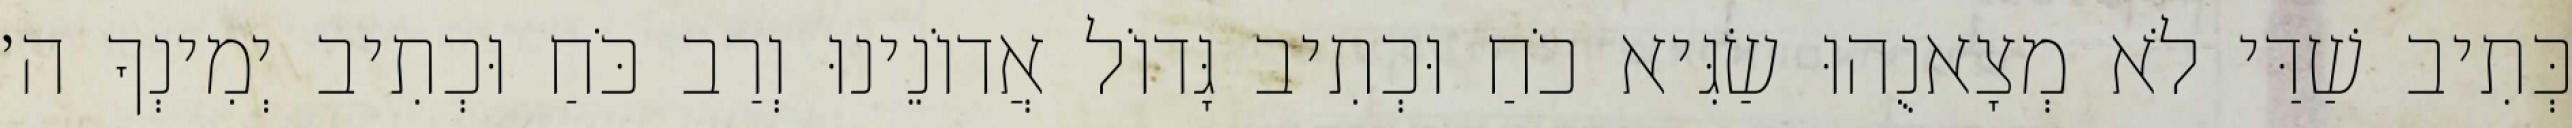
כְּתִיב שַׁדַּי לֹא מְצָאנֻהוּ שַׂגִּיא כֹחַ וּכְתִיב גָּדוֹל אֲדוֹנֵינוּ וְרַב כֹּחַ וּכְתִיב יְמִינְךָ ה׳